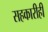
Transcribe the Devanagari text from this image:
सहकारीही